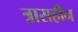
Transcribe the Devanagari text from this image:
त्रासहीन